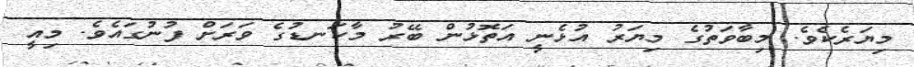
މިޔަރެކެވެ. މިބާވަތުގެ މިޔަރު އުޅެނީ އަތޮޅުން ބޭރު މާކަނޑުގެ ވަރަށް ފުނުގައެވެ. މިއީ